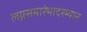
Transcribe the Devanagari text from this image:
लग्नसमारंभादरम्यान